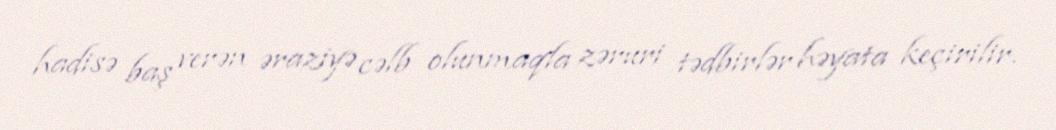
hadisə baş verən əraziyə cəlb olunmaqla zəruri tədbirlər həyata keçirilir.